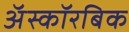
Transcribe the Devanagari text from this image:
अॅस्कॉरबिक